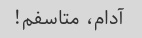
آدام، متاسفم!